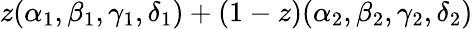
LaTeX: z(\alpha_{1},\beta_{1},\gamma_{1},\delta_{1})+(1-z)(\alpha_{2},\beta_{2},\gamma_{2},\delta_{2})